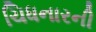
ચિધનારની